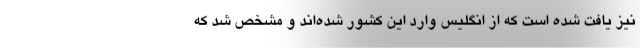
نیز یافت شده است که از انگلیس وارد این کشور شده‌‌اند و مشخص شد که